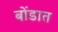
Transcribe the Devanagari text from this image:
बोंडात